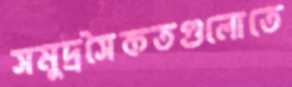
সমুদ্রসৈকতগুলোতে